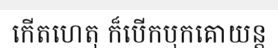
កើតហេតុ ក៏បើកបុកគោយន្ត